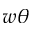
w \theta